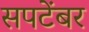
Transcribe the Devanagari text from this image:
सपटेंबर